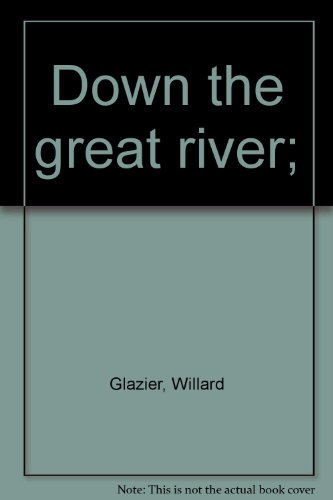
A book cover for Down the great river;; Willard Glazier; Travel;